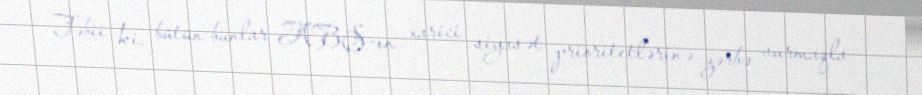
Təbii ki, bütün bunlar ABŞ-ın xarici siyasət prioritetlərinə zərbə vurmaqla